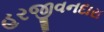
હરજીવનદાસ